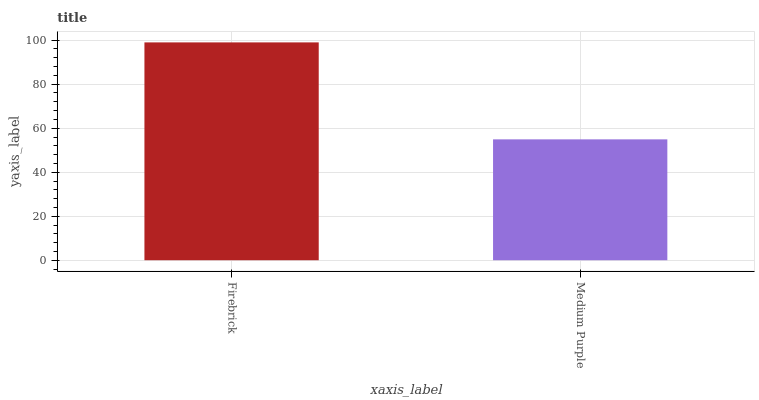
| xaxis_label | bars |
 | --- | --- |
 | Firebrick | 99 |
 | Medium Purple | 54.9 |